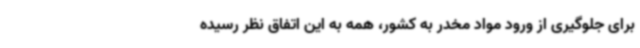
برای جلوگیری از ورود مواد مخدر به کشور، همه به این اتفاق نظر رسیده